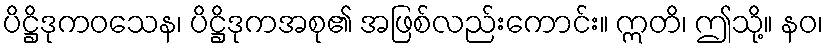
ပိဋ္ဌိဒုကဝသေန၊ ပိဋ္ဌိဒုကအစု၏ အဖြစ်လည်းကောင်း။ ဣတိ၊ ဤသို့။ နဝ၊